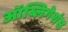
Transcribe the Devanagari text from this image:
ऑब्लिगेशंस